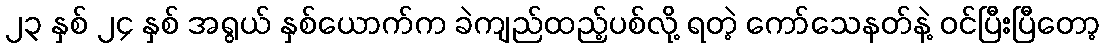
၂၃ နှစ် ၂၄ နှစ် အရွယ် နှစ်ယောက်က ခဲကျည်ထည့်ပစ်လို့ ရတဲ့ ကော်သေနတ်နဲ့ ဝင်ပြီးပြီတော့